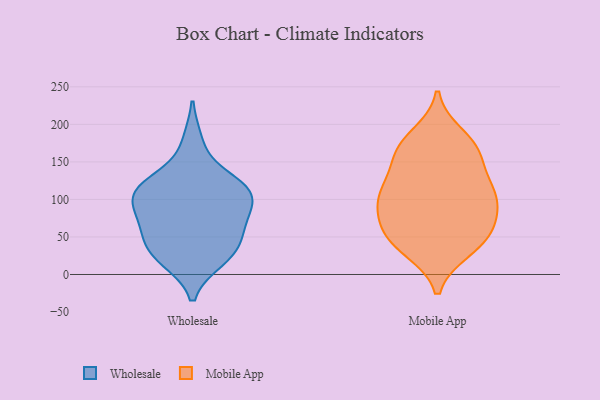
{"axis": {"x": "Net Income (USD K)", "y": "Value"}, "legend": ["Mobile App", "Wholesale"], "data": [{"x": "", "y": 22, "type": "Wholesale"}, {"x": "", "y": 40, "type": "Wholesale"}, {"x": "", "y": 176, "type": "Wholesale"}, {"x": "", "y": 72, "type": "Wholesale"}, {"x": "", "y": 96, "type": "Wholesale"}, {"x": "", "y": 113, "type": "Wholesale"}, {"x": "", "y": 76, "type": "Wholesale"}, {"x": "", "y": 49, "type": "Wholesale"}, {"x": "", "y": 117, "type": "Wholesale"}, {"x": "", "y": 114, "type": "Wholesale"}, {"x": "", "y": 20, "type": "Wholesale"}, {"x": "", "y": 119, "type": "Wholesale"}, {"x": "", "y": 113, "type": "Wholesale"}, {"x": "", "y": 79, "type": "Wholesale"}, {"x": "", "y": 33, "type": "Wholesale"}, {"x": "", "y": 104, "type": "Mobile App"}, {"x": "", "y": 126, "type": "Mobile App"}, {"x": "", "y": 75, "type": "Mobile App"}, {"x": "", "y": 56, "type": "Mobile App"}, {"x": "", "y": 173, "type": "Mobile App"}, {"x": "", "y": 72, "type": "Mobile App"}, {"x": "", "y": 161, "type": "Mobile App"}, {"x": "", "y": 97, "type": "Mobile App"}, {"x": "", "y": 185, "type": "Mobile App"}, {"x": "", "y": 156, "type": "Mobile App"}, {"x": "", "y": 53, "type": "Mobile App"}, {"x": "", "y": 111, "type": "Mobile App"}, {"x": "", "y": 107, "type": "Mobile App"}, {"x": "", "y": 165, "type": "Mobile App"}, {"x": "", "y": 105, "type": "Mobile App"}, {"x": "", "y": 33, "type": "Mobile App"}, {"x": "", "y": 48, "type": "Mobile App"}, {"x": "", "y": 34, "type": "Mobile App"}]}